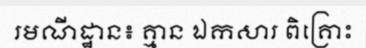
រមណីដ្ឋាន៖ គ្មាន ឯកសារ ពិគ្រោះ